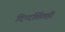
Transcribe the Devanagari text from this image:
दिग्दर्शितही